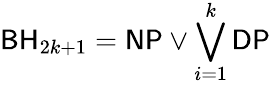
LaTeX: {\mathsf{BH}}_{2k+1}={\mathsf{NP}}\vee\bigvee_{i=1}^{k}{\mathsf{DP}}